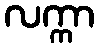
လက္ကာ